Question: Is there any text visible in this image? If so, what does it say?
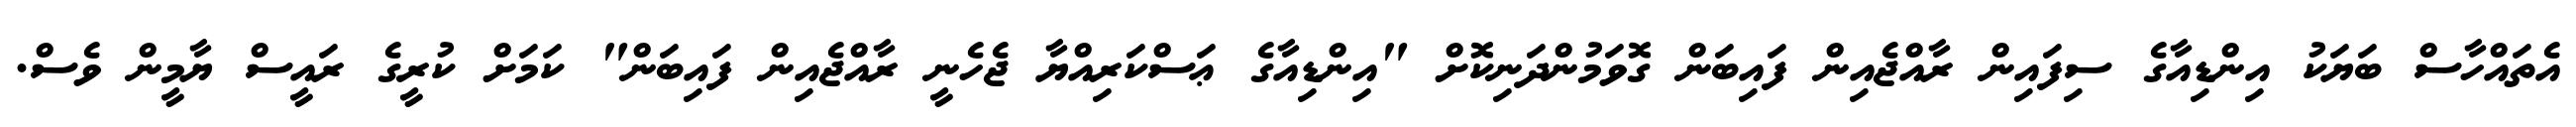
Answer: އެތައްހާސް ބަޔަކު އިންޑިއާގެ ސިފައިން ރާއްޖެއިން ފައިބަން ގޮވަމުންދަނިކޮށް "އިންޑިއާގެ ޢަސްކަރިއްޔާ ޖެހެނީ ރާއްޖެއިން ފައިބަން" ކަމަށް ކުރީގެ ރައީސް ޔާމީން ވެސް.